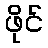
ဖိုင်